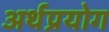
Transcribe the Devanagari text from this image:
अर्थप्रयोग